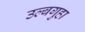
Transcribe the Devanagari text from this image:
उल्बगुहा